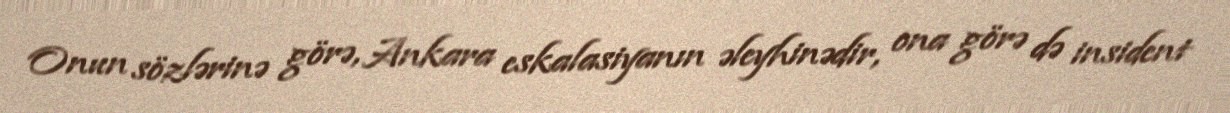
Onun sözlərinə görə, Ankara eskalasiyanın əleyhinədir, ona görə də insident